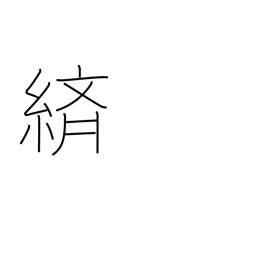
Meaning: splashed pattern dyeing or weaving